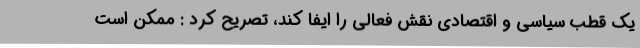
یک قطب سیاسی و اقتصادی نقش فعالی را ایفا کند، تصریح کرد : ممکن است